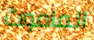
الماموث